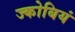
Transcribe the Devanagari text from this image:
ज्कोबियं